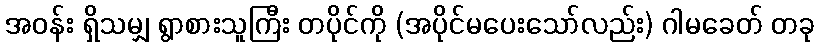
အဝန်း ရှိသမျှ ရွာစားသူကြီး တပိုင်ကို (အပိုင်မပေးသော်လည်း) ဂါမခေတ် တခု